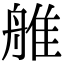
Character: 𦩏